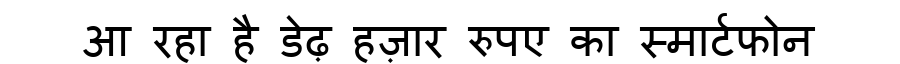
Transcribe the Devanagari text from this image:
आ रहा है डेढ़ हज़ार रुपए का स्मार्टफोन